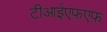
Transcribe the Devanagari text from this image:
टीआईएफ़एफ़